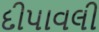
દીપાવલી